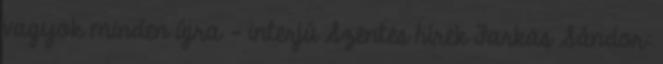
vagyok minden újra - interjú Szentes hírek Farkas Sándor: